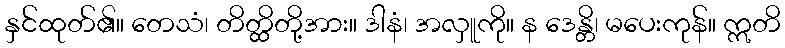
နှင်ထုတ်၏။ တေသံ၊ တိတ္ထိတို့အား။ ဒါနံ၊ အလှူကို။ န ဒေန္တိ၊ မပေးကုန်။ ဣတိ